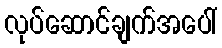
လုပ်ဆောင်ချက်အပေါ်